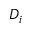
D _ { i }